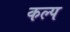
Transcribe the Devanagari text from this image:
कल्‍प